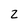
Character: z